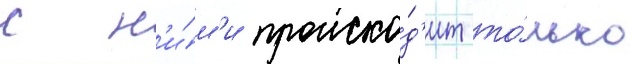
с н'и́м'и происхо́д'ит то́лько